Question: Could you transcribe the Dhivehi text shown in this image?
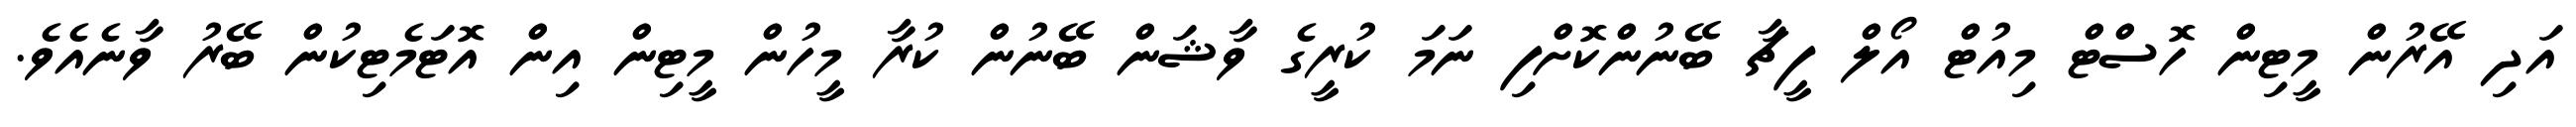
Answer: އަދި އޭރުން މީޓިން ހޮސްޓް މިއުޓް އޯލް ފީޗާ ބޭނުންކޮށްފި ނަމަ ކުރީގެ ވާޝަން ބޭނުން ކުރާ މީހުން މީޓިން އިން އޮޓަމެޓިކުން ބޭރު ވާނެއެވެ.